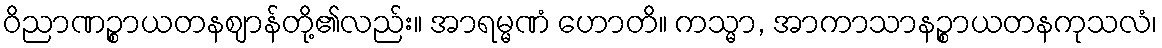
ဝိညာဏဉ္စာယတနဈာန်တို့၏လည်း။ အာရမ္မဏံ ဟောတိ။ ကသ္မာ, အာကာသာနဉ္စာယတနကုသလံ၊